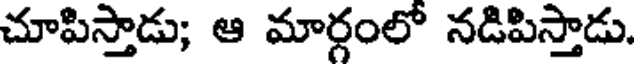
చూపిస్తాడు; ఆ మార్గంలో నడిపిస్తాడు.